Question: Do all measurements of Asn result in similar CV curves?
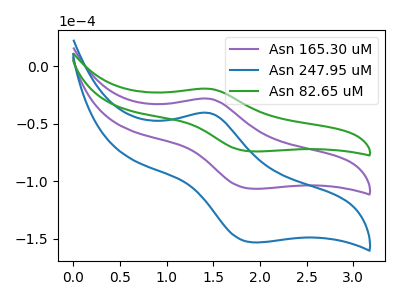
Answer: <think>The purple curve "Asn 165.30 uM" has an anodic peak at (1.45V, -28.30uA) and a cathodic peak at (1.90V, -106.45uA). The blue curve "Asn 247.95 uM" has an anodic peak at (1.45V, -56.60uA) and a cathodic peak at (1.90V, -212.90uA). The green curve "Asn 82.65 uM" has an anodic peak at (1.45V, -19.70uA) and a cathodic peak at (1.90V, -74.05uA).
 All the peaks in "Asn 165.30 uM" have a peak in "Asn 247.95 uM" at the same potential. All the peaks in "Asn 165.30 uM" have a peak in "Asn 82.65 uM" at the same potential. All the peaks in "Asn 247.95 uM" have a peak in "Asn 82.65 uM" at the same potential.</think>
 <answer>All the CV's of "Asn" have similar shape.</answer>
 <eval>follow_rule</eval>